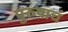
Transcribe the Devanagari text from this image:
पुरुषाचं